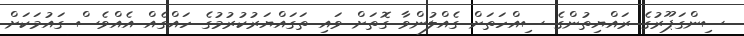
ސިންގަޕޫރުގެ ރައްޔިތުންގެ ސިއްހަތަށް ގެއްލުންވާ ގޮތަށް ވައި ތަގައްޔަރުކުރުމުގެ ހައްގެއް އެއްވެސް ގައުމަކަށް